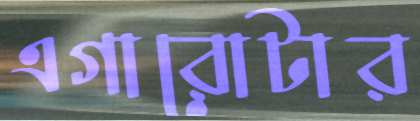
এগারোটার